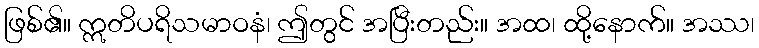
ဖြစ်၏။ ဣတိပရိသမာဝနံ၊ ဤတွင် အပြီးတည်း။ အထ၊ ထို့နောက်။ အဿ၊